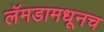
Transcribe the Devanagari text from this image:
लॅमडामधूनच